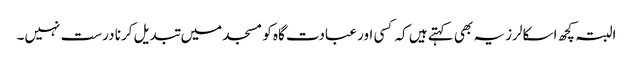
البتہ کچھ اسکالرز یہ بھی کہتے ہیں کہ کسی اور عبادت گاہ کو مسجد میں تبدیل کرنا درست نہیں۔